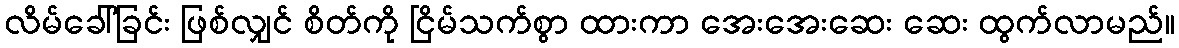
လိမ်ခေါ်ခြင်း ဖြစ်လျှင် စိတ်ကို ငြိမ်သက်စွာ ထားကာ အေးအေးဆေး ဆေး ထွက်လာမည်။